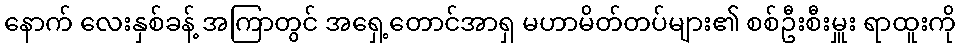
နောက် လေးနှစ်ခန့် အကြာတွင် အရှေ့တောင်အာရှ မဟာမိတ်တပ်များ၏ စစ်ဦးစီးမှူး ရာထူးကို